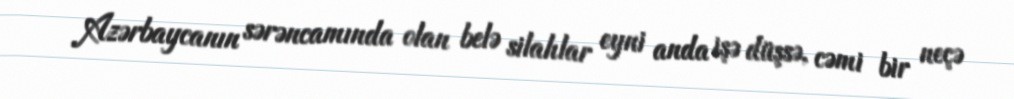
Azərbaycanın sərəncamında olan belə silahlar eyni anda işə düşsə, cəmi bir neçə